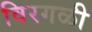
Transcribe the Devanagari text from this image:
विरगळी